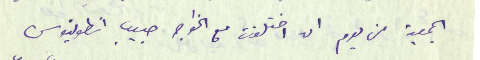
الجمعية من يوم ان اختلفت مع الخواجه حبيب انطونيوس